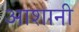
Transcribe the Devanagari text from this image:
आशानी